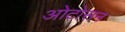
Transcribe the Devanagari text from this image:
ओटोसन